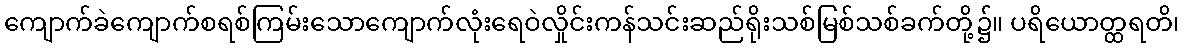
ကျောက်ခဲကျောက်စရစ်ကြမ်းသောကျောက်လုံးရေဝဲလှိုင်းကန်သင်းဆည်ရိုးသစ်မြစ်သစ်ခက်တို့၌။ ပရိယောတ္ထရတိ၊